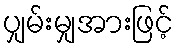
ပျှမ်းမျှအားဖြင့်